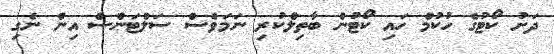
ދަށު ކޯޓުގެ ހުކުމް ހައި ކޯޓުން ބާތިލްކުރި ނަމަވެސް ސަލްޓަންސް އިން ނެގި